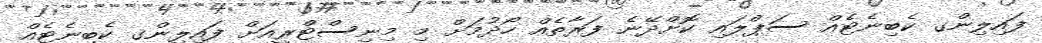
ފައިލިންގ ކެބިނެޓެއް ސަޕްލައި ކޮށްދޭނެ ފަރާތެއް ހޯދުމަށް މި މިނިސްޓްރީއަށް ފައިލިންގ ކެބިނެޓެއް